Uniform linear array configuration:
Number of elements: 48
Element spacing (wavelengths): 0.75
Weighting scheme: binomial
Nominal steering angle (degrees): -30
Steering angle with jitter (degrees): -30.082
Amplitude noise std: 0.05
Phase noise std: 0.05

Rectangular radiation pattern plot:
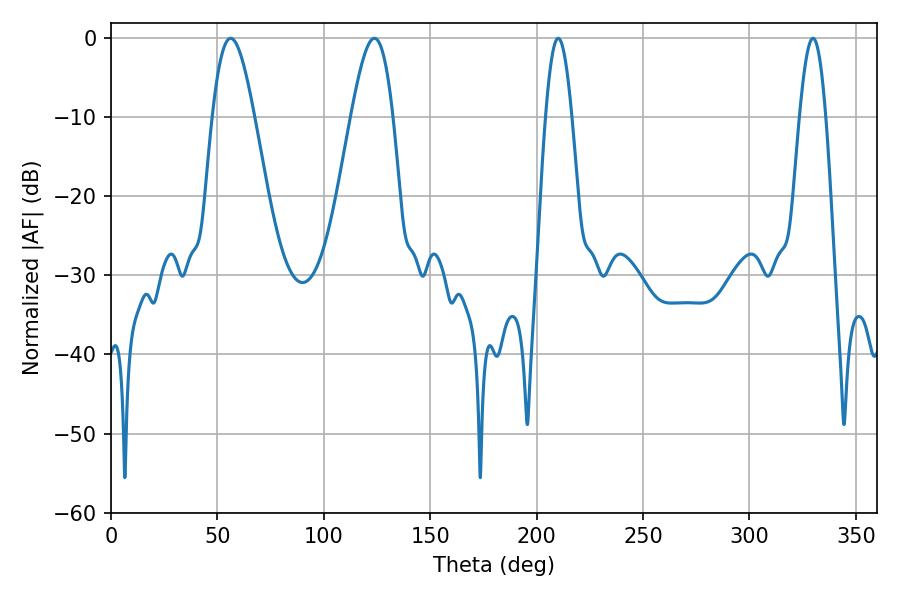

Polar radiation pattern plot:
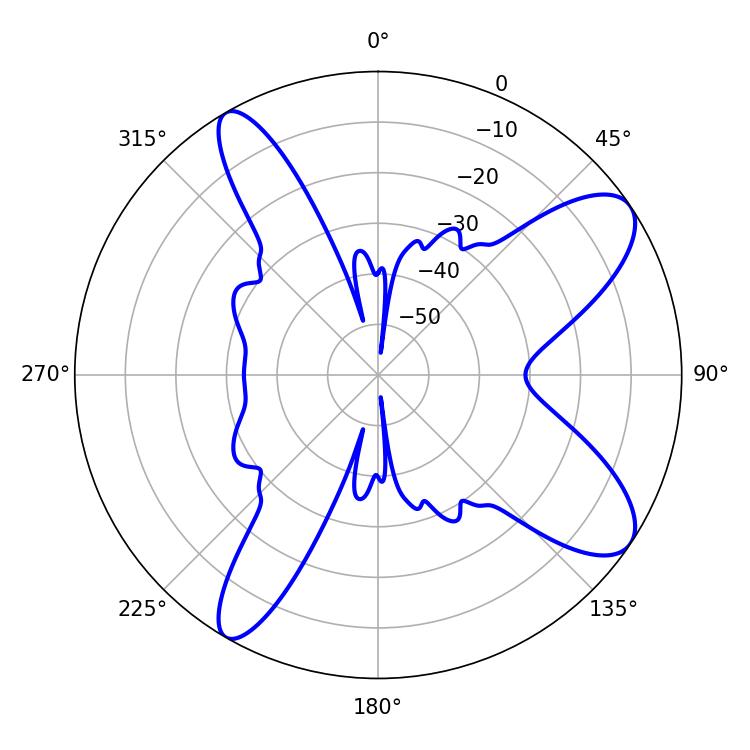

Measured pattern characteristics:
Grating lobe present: TRUE
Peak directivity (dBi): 9.784
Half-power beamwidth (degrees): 10.62
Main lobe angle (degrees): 56.16